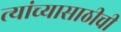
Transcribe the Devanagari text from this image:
त्यांच्यासाठीची